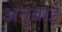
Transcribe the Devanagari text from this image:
अनुबाई